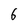
Character: 6